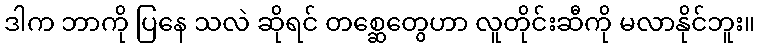
ဒါက ဘာကို ပြနေ သလဲ ဆိုရင် တစ္ဆေတွေဟာ လူတိုင်းဆီကို မလာနိုင်ဘူး။